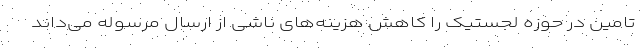
تامین در حوزه لجستیک را کاهش هزینه‌های ناشی از ارسال مرسوله می‌داند